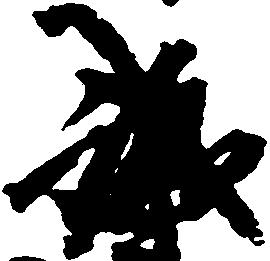
誠